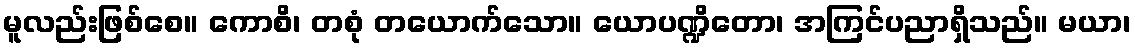
မူလည်းဖြစ်စေ။ ကောစိ၊ တစုံ တယောက်သော။ ယောပဏ္ဍိတော၊ အကြင်ပညာရှိသည်။ မယာ၊